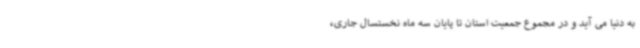
به دنیا می آید و در مجموع جمعیت استان تا پایان سه ماه نخستسال جاری،